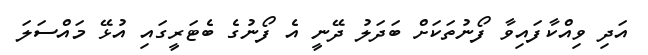
އަދި ވިއްކާފައިވާ ފޯނުތަކަށް ބަދަލު ދޭނީ އެ ފޯނުގެ ބެޓަރީގައި އުޅޭ މައްސަލަ